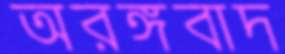
অরঙ্গবাদ